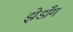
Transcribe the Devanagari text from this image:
झेडाँग